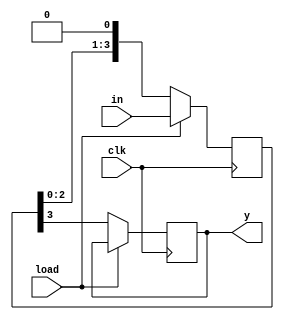
module piso_4bit (
					input clk,load,
					input [3:0] in,
					output reg y);
reg [3:0] temp;
					
always@(posedge clk)
begin

	if (load)
		temp<=in;
	else
	begin
		
		y<=temp[3];
		temp<=temp<<1;
	end

end
endmodule